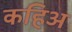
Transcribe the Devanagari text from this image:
कहिअ